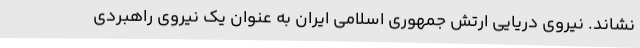
نشاند. نیروی دریایی ارتش جمهوری اسلامی ایران به عنوان یک نیروی راهبردی